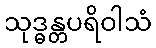
သုဒ္ဓန္တပရိဝါသံ